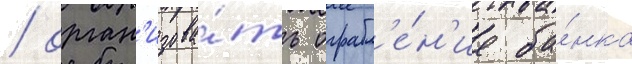
/ орган'изова́ть ограбл'е́н'ие ба́нка